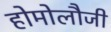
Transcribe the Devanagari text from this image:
होमोलौजी